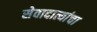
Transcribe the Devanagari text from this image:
सेवादात्यांचा